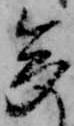
多